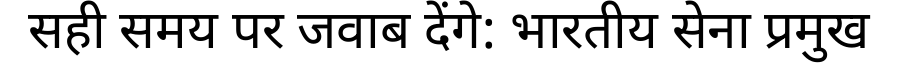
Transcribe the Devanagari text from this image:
सही समय पर जवाब देंगे: भारतीय सेना प्रमुख